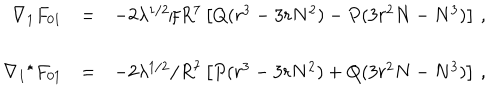
LaTeX: \begin{array} { r c l } { { \nabla _ { 1 } F _ { 0 1 } } } & { { = } } & { { - 2 \lambda ^ { 1 / 2 } / R ^ { 7 } \left[ Q ( r ^ { 3 } - 3 r N ^ { 2 } ) - P ( 3 r ^ { 2 } N - N ^ { 3 } ) \right] \, , } } \\ { { } } & { { } } & { { } } \\ { { \nabla _ { 1 } { } ^ { \star } F _ { 0 1 } } } & { { = } } & { { - 2 \lambda ^ { 1 / 2 } / R ^ { 7 } \left[ P ( r ^ { 3 } - 3 r N ^ { 2 } ) + Q ( 3 r ^ { 2 } N - N ^ { 3 } ) \right] \, , } } \\ \end{array}